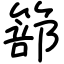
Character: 篰